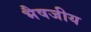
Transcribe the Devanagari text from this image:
भैषजीय